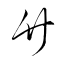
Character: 竹